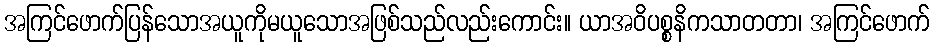
အကြင်ဖောက်ပြန်သောအယူကိုမယူသောအဖြစ်သည်လည်းကောင်း။ ယာအဝိပစ္စနိကသာတတာ၊ အကြင်ဖောက်